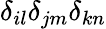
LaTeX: \delta_{il}\delta_{jm}\delta_{kn}